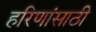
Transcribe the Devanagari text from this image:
हरिणांसाठी